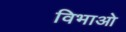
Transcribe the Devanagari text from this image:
विभाओ